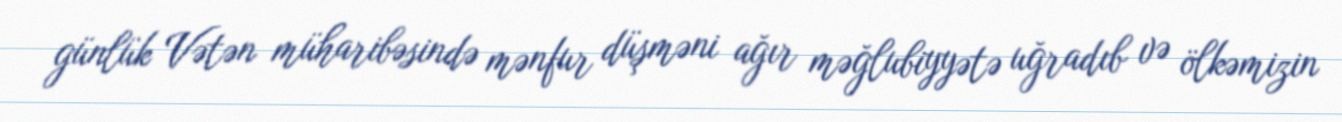
günlük Vətən müharibəsində mənfur düşməni ağır məğlubiyyətə uğradıb və ölkəmizin